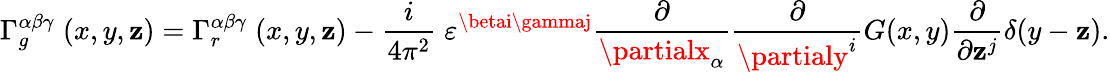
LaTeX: \Gamma_{g}^{\alpha\beta\gamma}\; (x,y,\mathbf{z})=\Gamma_{r}^{\alpha\beta\gamma}\; (x,y,\mathbf{z})-{\frac{{i}}{{4\pi^{2}}}}\; \varepsilon^{\betai\gammaj}{\frac{{\partial}}{{\partialx_{\alpha}}}}{\frac{{\partial}}{{\partialy^{i}}}}G(x,y){\frac{{\partial}}{{\partial\mathbf{z}^{j}}}}\delta(y-\mathbf{z}).